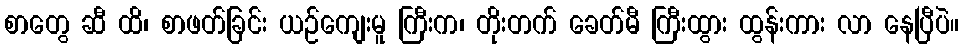
စာတွေ ဆီ ထိ၊ စာဖတ်ခြင်း ယဉ်ကျေးမူ ကြီးက၊ တိုးတက် ခေတ်မီ ကြီးထွား ထွန်းကား လာ နေပြီပဲ။